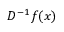
D ^ { - 1 } f ( x )